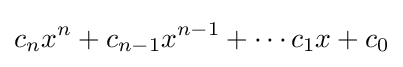
c_{n}x^{n}+c_{n-1}x^{n-1}+\cdots c_{1}x+c_{0}